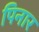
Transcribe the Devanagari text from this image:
पिनार